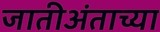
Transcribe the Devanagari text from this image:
जातीअंताच्या